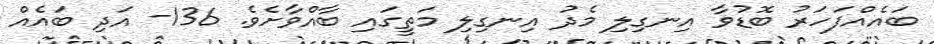
ބައެއްފަހަރު ބޮޑުވާ އިނގިލި މެދު އިނގިލި މަތީގައި ބާއްވާށެވެ. 136- އަދި ބައެއް